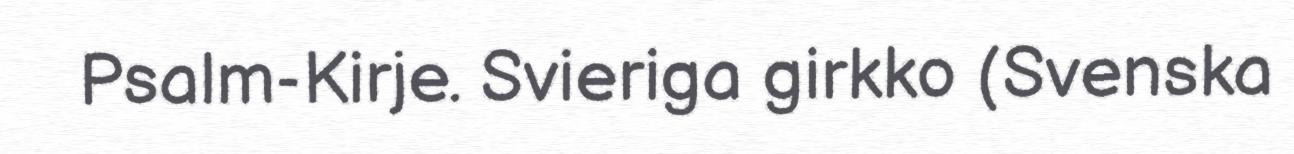
Psalm-Kirje. Svieriga girkko (Svenska